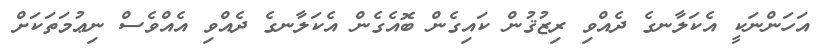
އަހަންނަކީ އެކަލާނގެ ދެއްވި ރިޒުޤުން ކައިގެން ބޮއެެގެން އެކަލާނގެ ދެއްވި އެއްވެސް ނިޢުމަތަކަށް